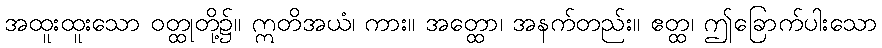
အထူးထူးသော ဝတ္ထုတို့၌။ ဣတိအယံ၊ ကား။ အတ္ထော၊ အနက်တည်း။ ဧတ္ထ၊ ဤခြောက်ပါးသော